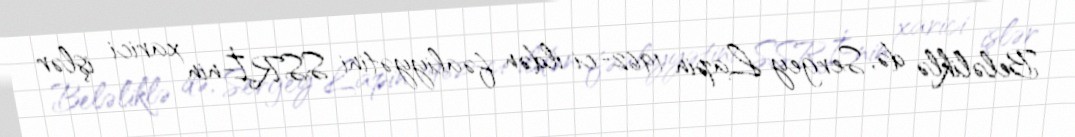
Beləliklə də, Sergey Lapin 1962-ci ildən fəaliyyətini SSRİ-nin xarici işlər